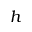
h